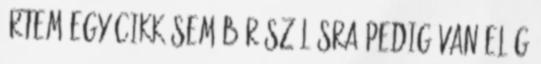
értem egy cikk sem bír szólásra pedig van elég